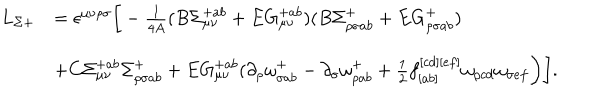
\begin{array} { l l } { { L _ { \Sigma + } } } & { { = \epsilon ^ { \mu \nu \rho \sigma } \bigg [ - \frac { 1 } { 4 A } ( B \Sigma _ { \mu \nu } ^ { + a b } + E G _ { \mu \nu } ^ { + a b } ) ( B \Sigma _ { \rho \sigma a b } ^ { + } + E G _ { \rho \sigma a b } ^ { + } ) } } \\ { { } } & { { + C \Sigma _ { \mu \nu } ^ { + a b } \Sigma _ { \rho \sigma a b } ^ { + } + E G _ { \mu \nu } ^ { + a b } ( \partial _ { \rho } \omega _ { \sigma a b } ^ { + } - \partial _ { \sigma } \omega _ { \rho a b } ^ { + } + { \frac { 1 } { 2 } } f _ { [ a b ] } ^ { [ c d ] [ e f ] } \omega _ { \rho c d } \omega _ { \sigma e f } \bigg ) \bigg ] . } } \\ \end{array}